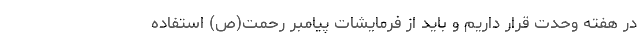
در هفته‌ وحدت قرار داریم و باید از فرمایشات پیامبر رحمت(ص) استفاده